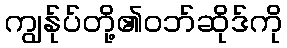
ကျွန်ုပ်တို့၏ဝဘ်ဆိုဒ်ကို